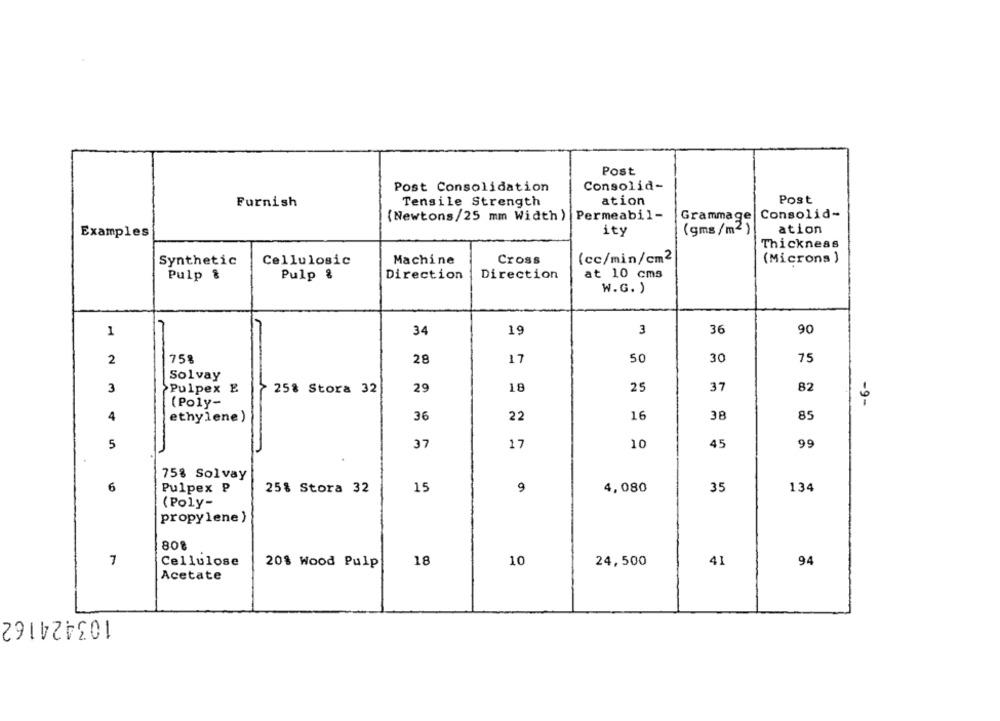
Post
Post Consolidation
Consolid-
Tensile Strength
ation
Post
Furnish
(Newtons/25 mm Width ) Permeabil-
Grammage
Consolid-
ity
(gms/m2)
ation
Examples
Thickness
Machine
Cross
(cc/min/cm2
(Microns )
Synthetic
Cellulosic
at 10 cms
Pulp &
Pulp %
Direction
Direction
W.G. )
1
34
19
3
36
90
2
758
28
17
50
30
75
Solvay
3
Pulpex E
25% Stora 32
29
18
25
37
82
(Poly-
-9-
4
ethylene)
36
22
16
38
85
5
37
17
10
45
99
75% Solvay
6
Pulpex ₽
25% Stora 32
15
9
4,080
35
134
(Poly-
propylene )
808
7
Cellulose
18
10
24,500
41
94
20% Wood Pulp
Acetate
103424162